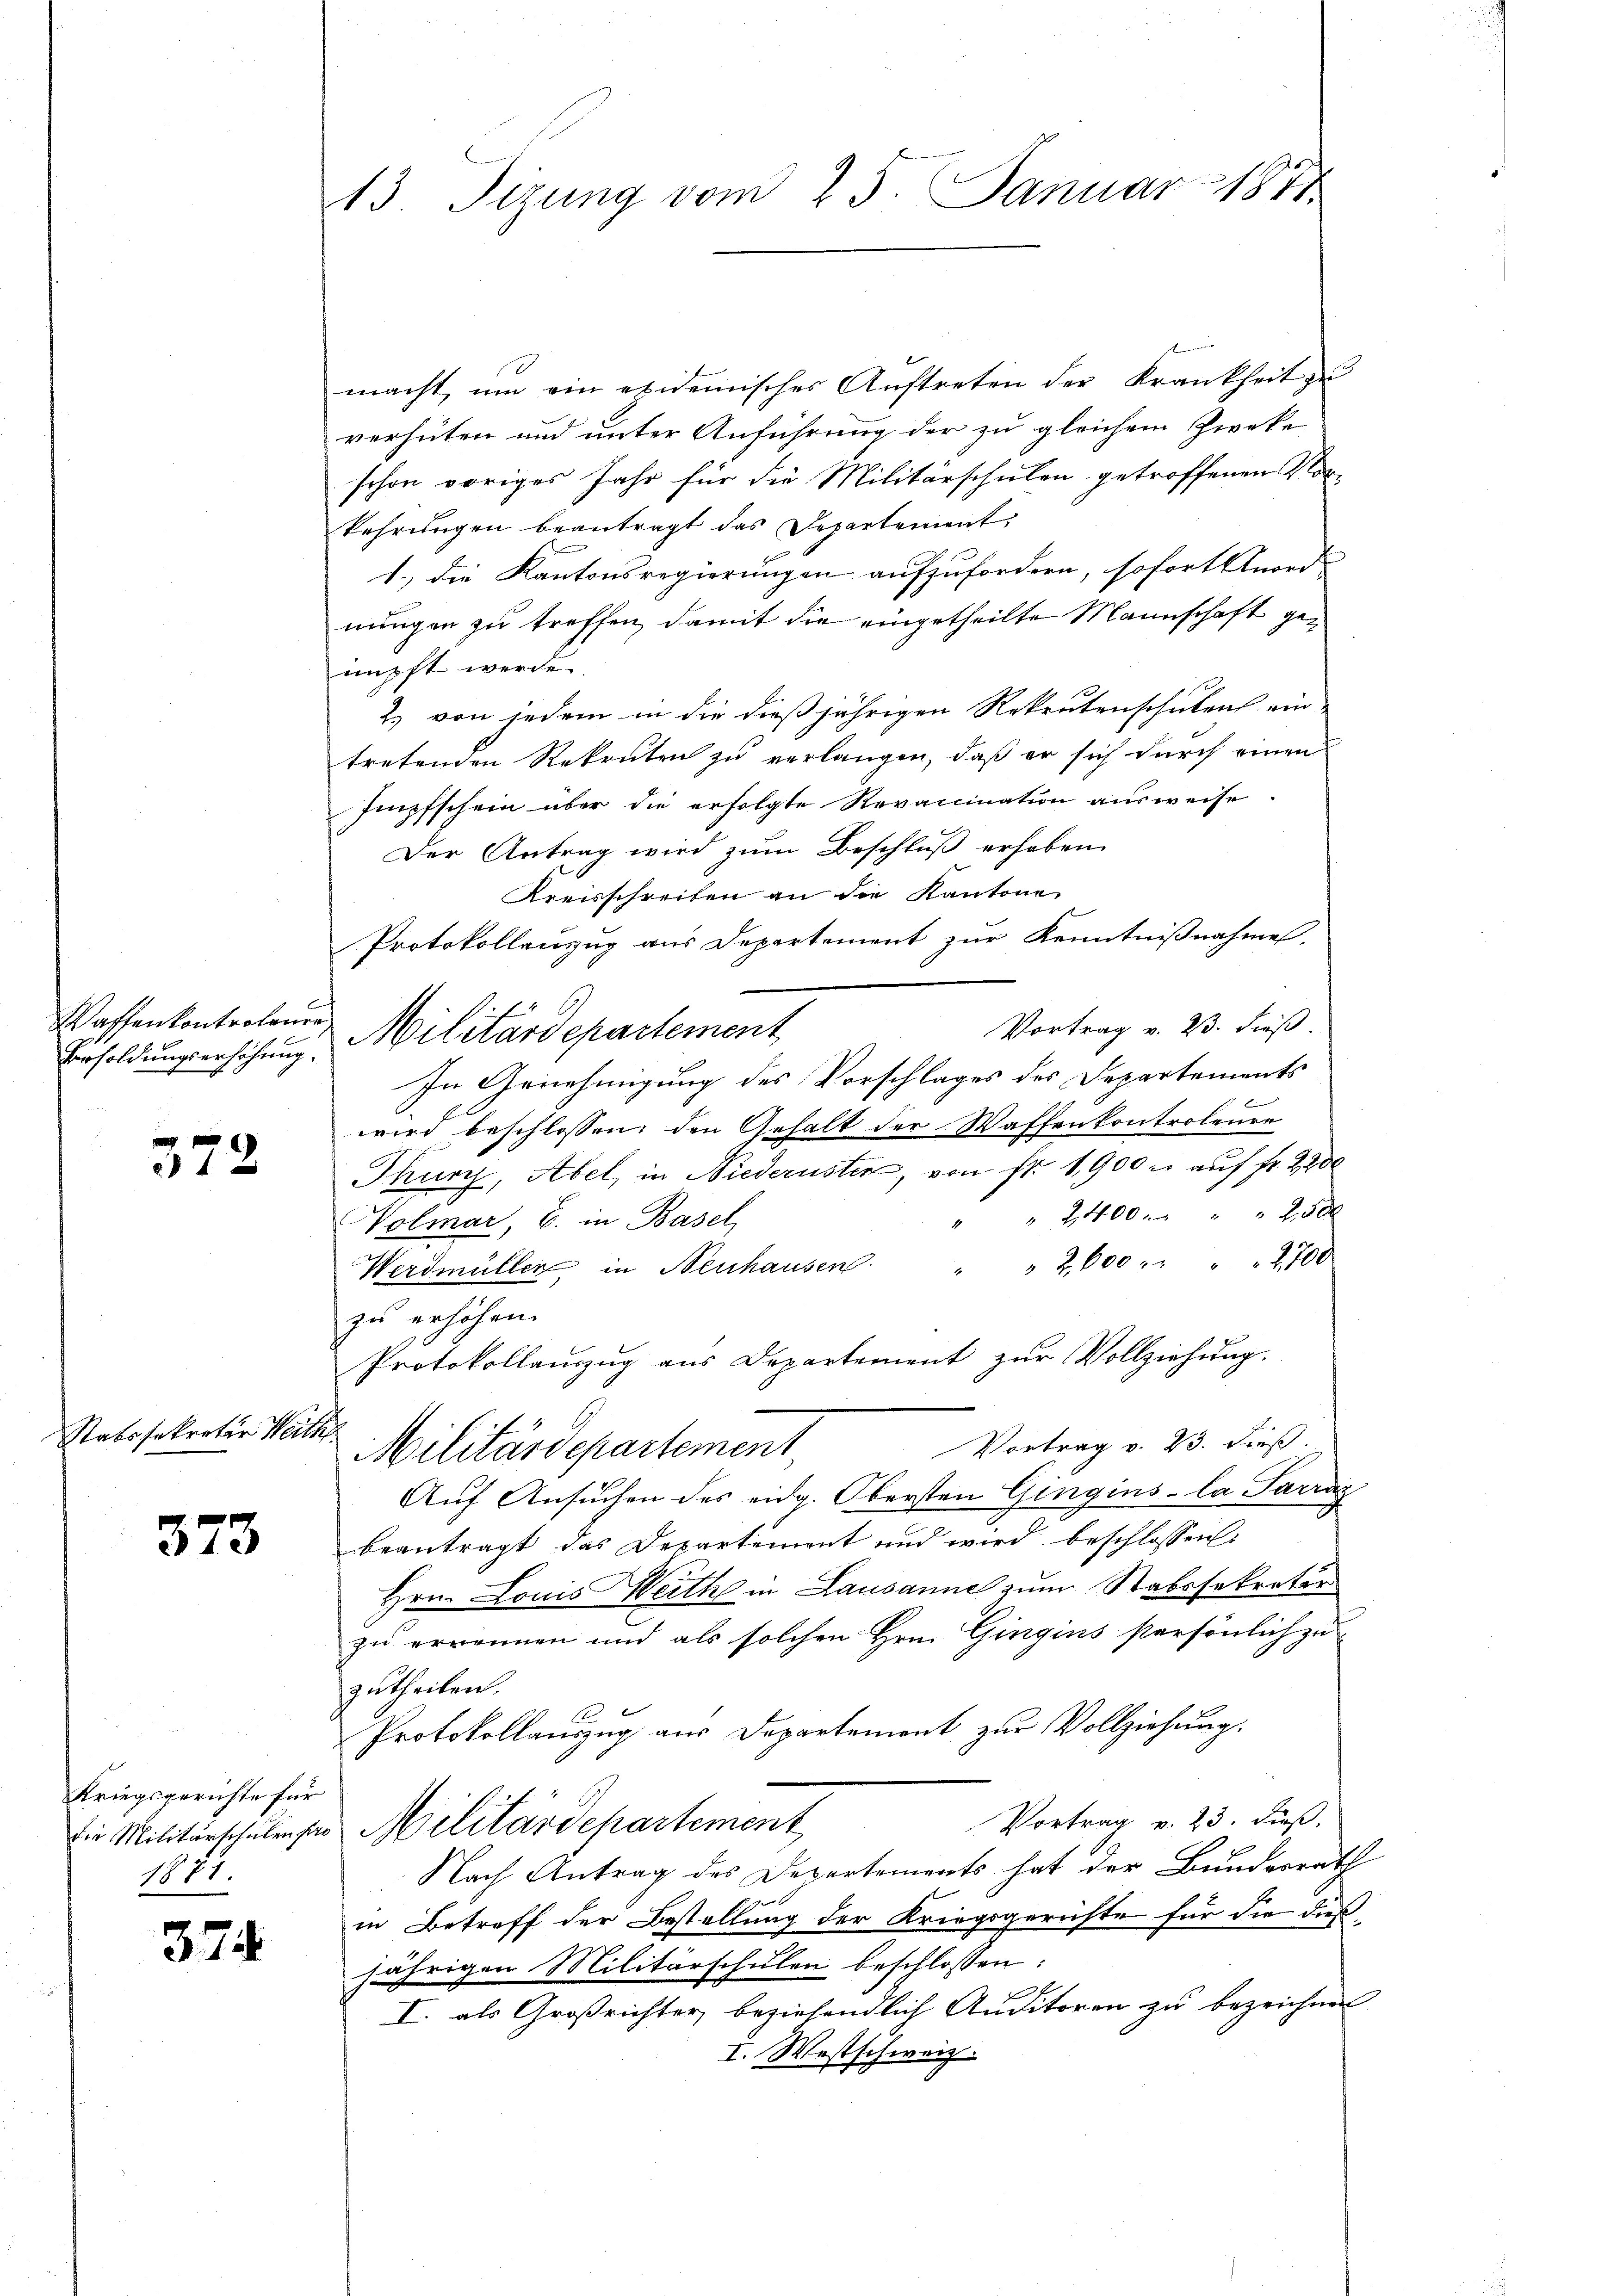
Wassenkontrolenre

372

Stabssekretär Weith

373

macht, um ein evidemisches Auftreten der Krankheit zu
verhüten und unter Anführung der zu gleichem Zwecke
schon voriges Jahr für die Militärschulen getroffenen Vor-
kehrungen beantragt das Departement,
1.) Die Kantonsregierungen aufzufordern, sofort Anord
nungen zu treffen, damit die eingetheilte Mannschaft geimpft werde.
2.) von jedem in die dießjährigen Rekrutenschulen ein-
tretenden Rekruten zu verlangen, daß er sich durch einen
Impfschein über die erfolgte Revacination ausweise.
Der Antrag wird zum Beschluß erhoben.
Kreisschreiben an die Kantone
Protokollenzug aus Departement zur Kenntnißnahme.
Vortrag v. 23. dieß
Vesoldungserschung Militärdepartement
In Genehmigung des Vorschlages des Departements
f x
wird beschlossen: den Gehalt der Waffenkontroleure
Thurz, Abel, in Niederusten, von fr. 1900 auf fr. 2200
" " 2400. " " " 250 x
Volmar, E. in Basel
Werdmüller in Neuhausen 2600 " " " " 2,700.
zu erhöhen.
Protokollauszug aus Departement zŭr Vollziehung.
e
Vortrag v. 23. dieß.
Militärdepartement
Auf Ansuchen des eidg. Obersten Gingins-La Parraz
beantragt das Departement und wird beschlossen:
Hrn. Louis Weith in Lausanne zum Stabssokrater
zu errennen und als solchen Hrn. Gingins persönlich zu
zutheilen.
Protokollauszug aus Departement zur Vollziehung.
Vortrag v. 23. dieß.
Die Militärschule ses Militärdepartement
Nach Antrag des Departements hat der Bundesrath
in Betreff der Bestellung der Kriegsgerichte für die dieß
jährigen Militärschulen beschlossen:
F
I. als Großrichter, beziehendlich Auditoren zu bezeichnet
I. Westschweiz.

Kriegsgerichte für
1877.

374

13. Sizung vom 25. Januar 1811